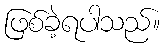
ဖြစ်ခဲ့ရပါသည်။